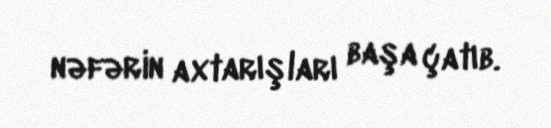
nəfərin axtarışları başa çatıb.